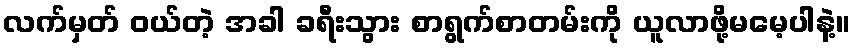
လက်မှတ် ဝယ်တဲ့ အခါ ခရီးသွား စာရွက်စာတမ်းကို ယူလာဖို့မမေ့ပါနဲ့။